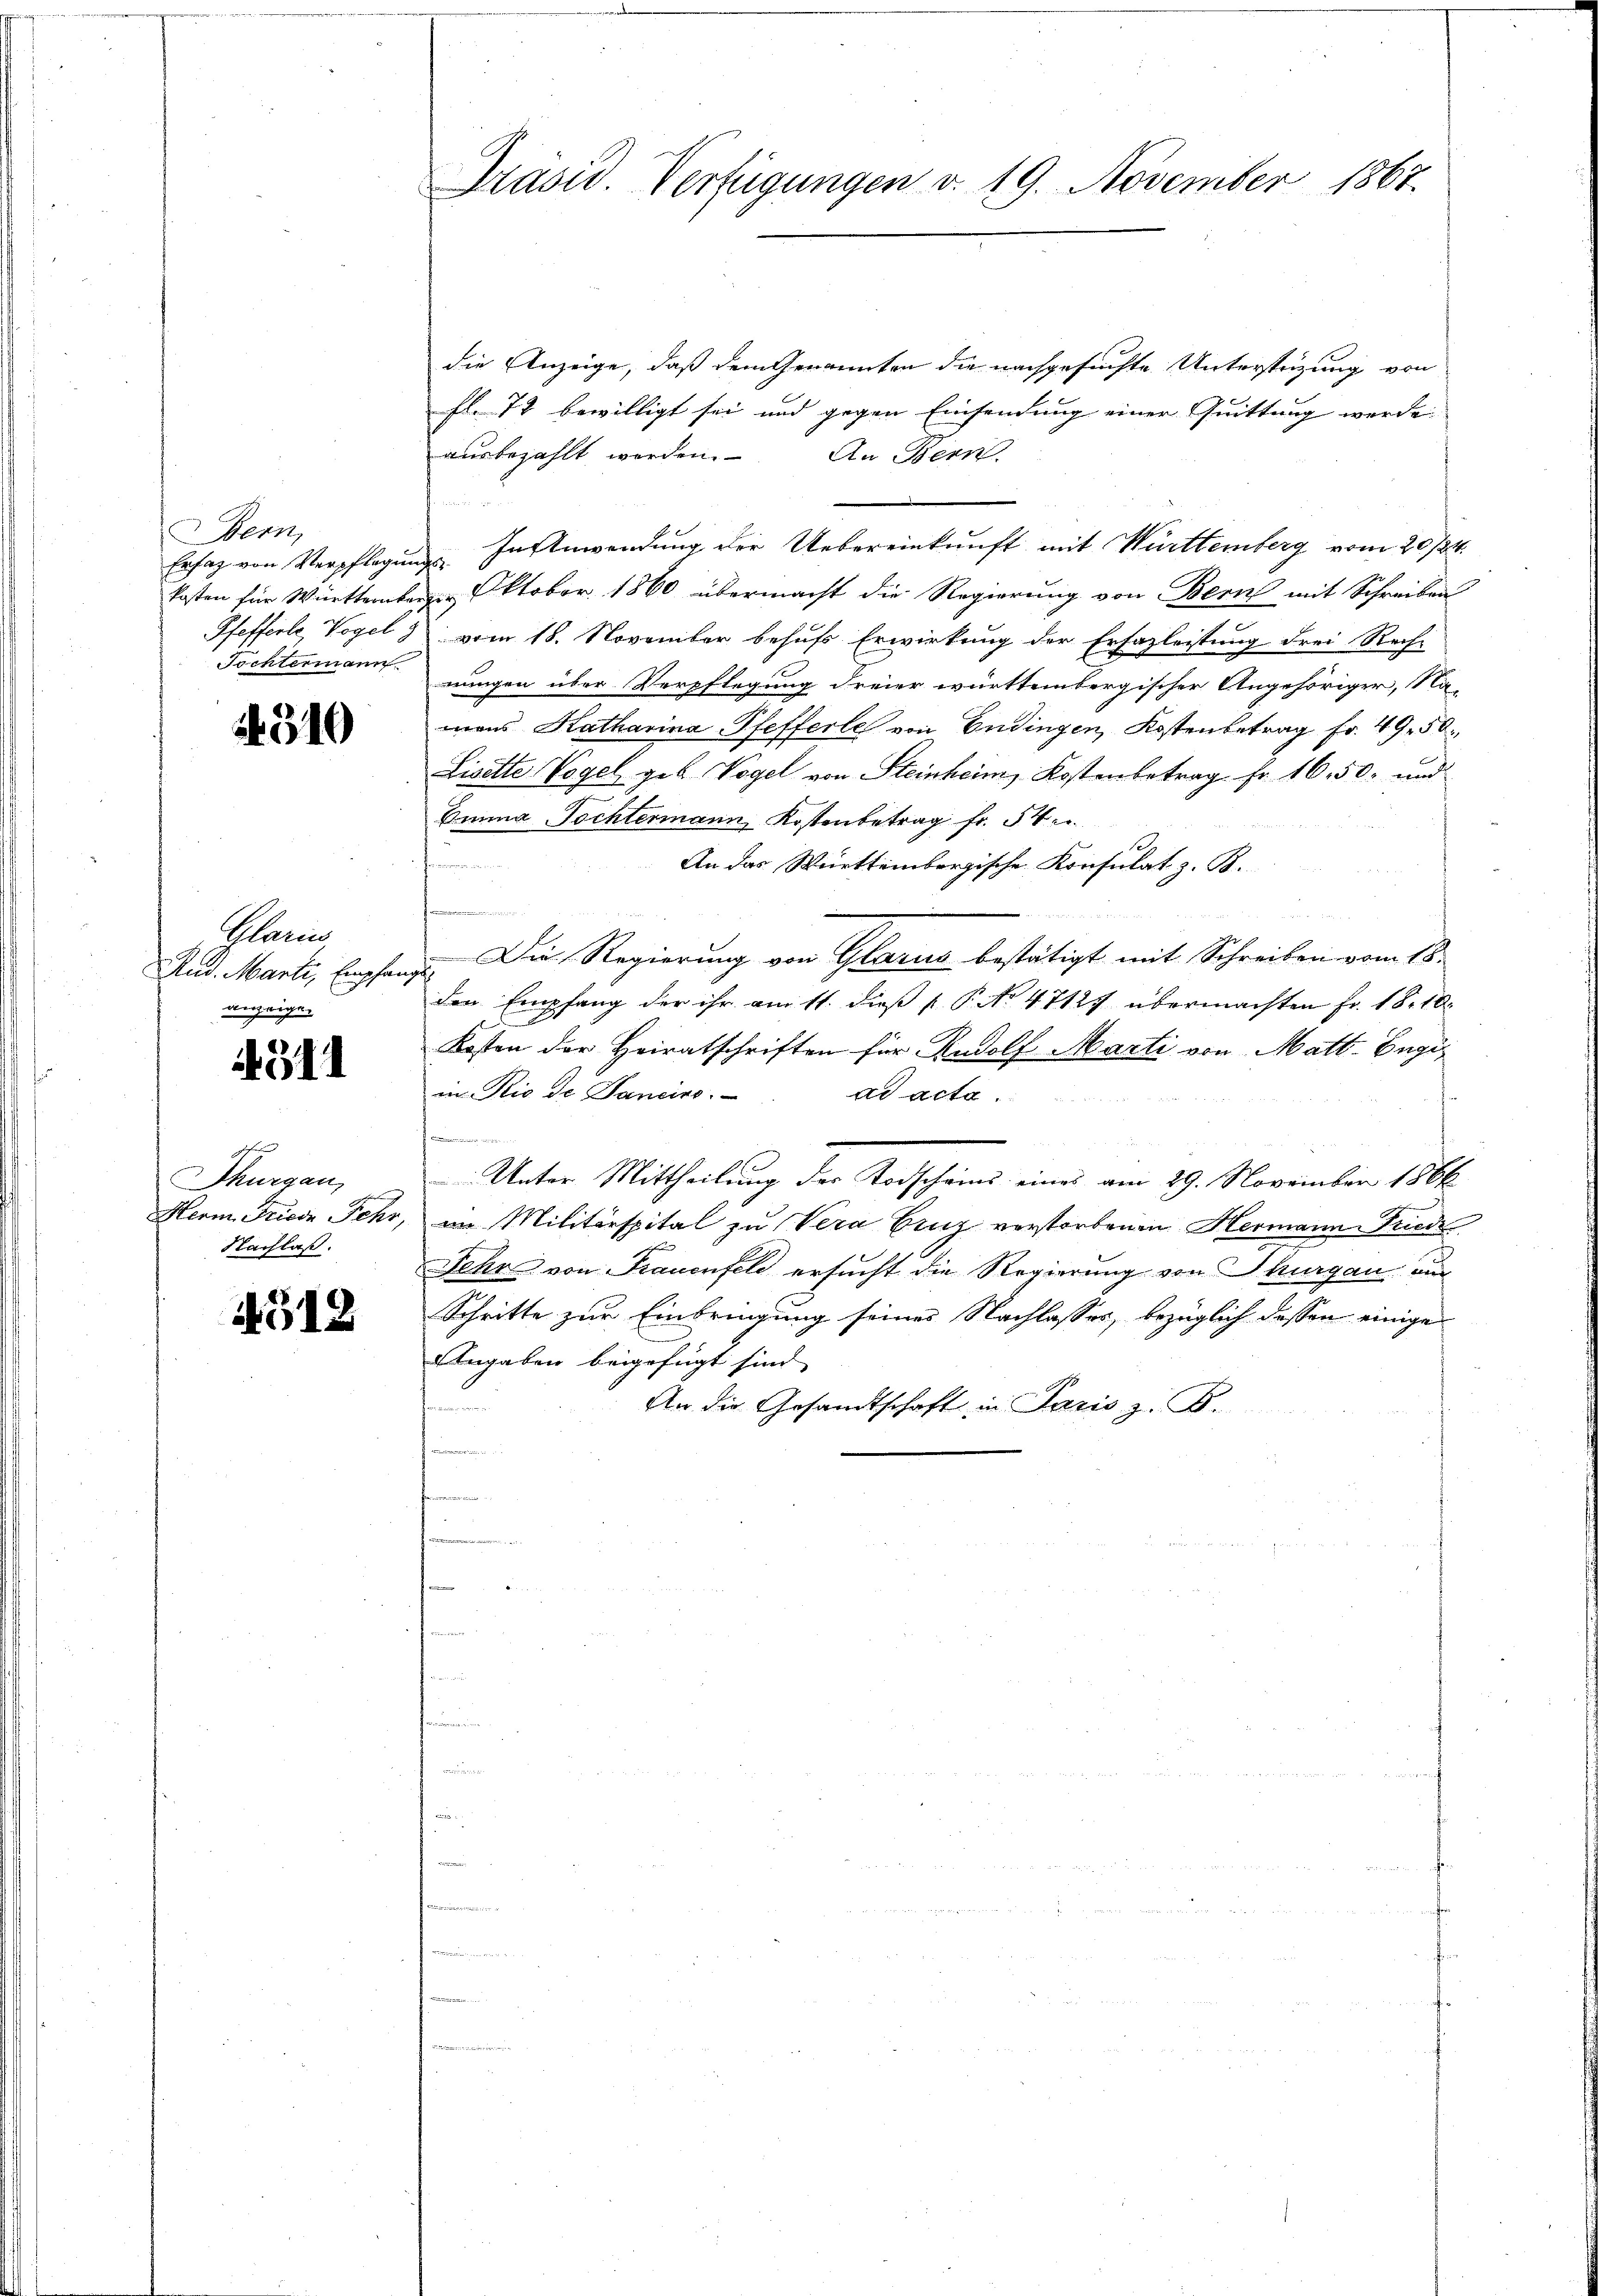
Bern,
Pfefferle, Vogels
Tochtermann

310

Mani
Aud. Marti, Empfa
anzeigen

511

schen
Thurgau,
Herm. Friede Fehr,
Nachlaß.

4518

Präsid. Verfügungen v. 19. November 1867.

die Anzeige, daß dem Genannten die nachgesuchte Unterstüzung von
fl. 74 bewilligt sei und gegen Einsendung einer Quittung werde.
ausbezahlt werden. An Bern.

Erfag von Verpflegŭng. In Anwendung der Uebereinkunft mit Württemberg vom 20./24.
kosten für Württember. Oktober 1860 übermacht die Regierung von Bern mit Schreiben
vom 18. November behufs Erwirkung der Erfazleistung drei Recht
nungen über Verpflegung dreier württembergischer Angehöriger, Na-
mans Katharina Pfefferle von Endingen, Kostenbetrag Fr. 49. 50.
Lisette Vogel geb. Vogel von Steinheim, Kostenbetrag Fr. 16. 50. und
Banna Tochtermann, Kostenbetrag fr. 54
 ener war
An das Württembergische Konsulat z. B.
n
 Die Regierung von Glarus bestätigt mit Schreiben vom 18.
den Empfang der ihr am 11. dieß P. No 4712. übermachten Fr. 18.10.
Kosten der Heiratschriften für Rudolf Marti von Matt. Eugi
in Rio de Dancino.
Ad Acta

Unter Mittheilung der Todschaus eines am 29. November 1866
im Militärspital zu Vera Binz verstorbenen Hermann Friede
Fehr von Frauenfeld ersucht die Regierung von Thurgau un
Schritte zur Einbringung seines Nachlasses, bezüglich dessen einige
Angaben beigefügt sind |
An die Gesandtschaft in Paris z. B.
i
für die er wieder
n